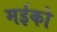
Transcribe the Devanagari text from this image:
मईको